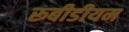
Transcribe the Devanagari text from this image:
रूबीडीयम